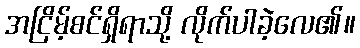
အငြိမ့်စင်ရှိရာသို့ လိုက်ပါခဲ့လေ၏။